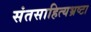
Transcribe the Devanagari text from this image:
संतसाहित्यभ्रष्टा